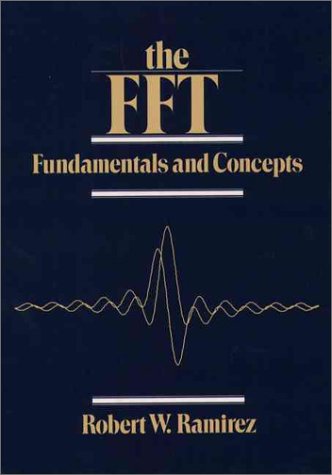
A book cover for The FFT: Fundamentals and Concepts; Robert W. Ramirez; Science & Math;